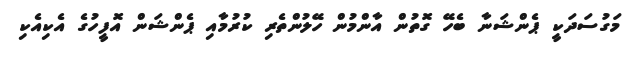
މަގުސަދަކީ ޕެންޝަނާ ބެހޭ ގޮތުން އާންމުން ހޭލުންތެރި ކުރުމާއި ޕެންޝަން އޮފީހުގެ އެކިއެކި